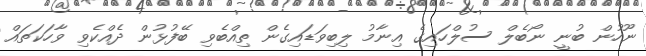
ނޫހުން ބުނީ ނޯބެލް ސުލްހައިގެ އިނާމު ލިބިވަޑައިގެން ތިއްބެވި ބޭފުޅުން ދެއްކެވި ވާހަކަތައް